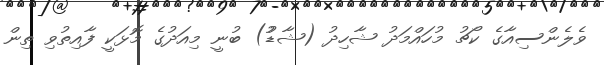
ވެލެންސިއާގެ ކޯޗު މުހައްމަދު ޝާހިދު (ޝާޑުު) ބުނީ މިއަދުގެ މޮޅަކީ ފާއިތުވި ތިން